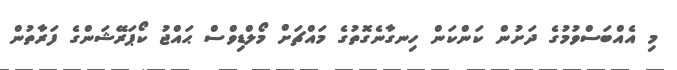
މި އެއްބަސްވުމުގެ ދަށުން ކަންކަން ހިނގާނެގޮތުގެ މައްޗަށް މޯލްޑިވްސް ޙައްޖު ކޯޕަރޭޝަންގެ ފަރާތުން